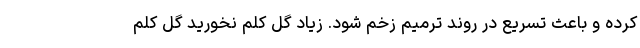
کرده و باعث تسریع در روند ترمیم زخم شود. زیاد گل کلم نخورید گل کلم